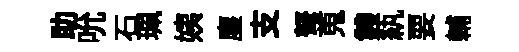
助吮石珮姨塵支弩蒐䨇紈要輔